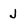
Character: J